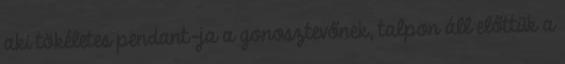
aki tökéletes pendant-ja a gonosztevőnek, talpon áll előttük a